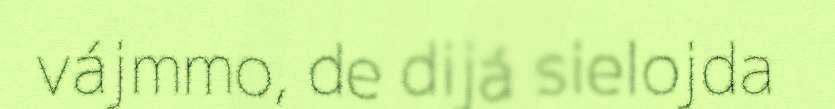
vájmmo, de dijá sielojda